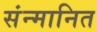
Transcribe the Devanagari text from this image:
संन्मानित